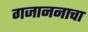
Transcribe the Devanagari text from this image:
गजाननाचा